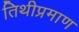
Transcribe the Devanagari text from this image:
तिथीप्रमाण